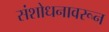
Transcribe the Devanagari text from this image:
संशोधनावरून